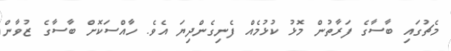
މެޗުގައި ބާސާގެ ފަރާތުން މޮޅު ކުޅުމެއް ފެނިގެންދިޔަަ އެވެ. ހާއްސަކޮށް ބާސާގެ ޒުވާން